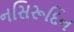
નસિરૂદિન